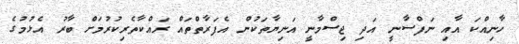
ހާނިއްކަ އާއި ނަފްސާނީ އަދި ޖިސްމާނީ އަނިޔާތަކުން އެފަރާތްތައް ރައްކާތެރިކުރުމަށް ބާރު އެޅުމުގެ